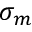
\sigma _ { m }